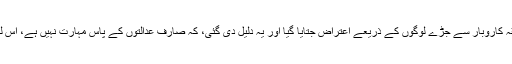
طبی کاروبار کو صارف عدالتوں کے دائرہ میں لانے پر متعلقہ کاروبار سے جُڑے لوگوں کے ذریعے اعتراض جَتایا گیا اَور یہ دلیل دی گئی، کہ صارف عدالتوں کے پاس مہارت نہیں ہے، اس لئے وہ ایسے معاملات پر فیصلہ دینے کے لئے پابند نہیں ہیں۔